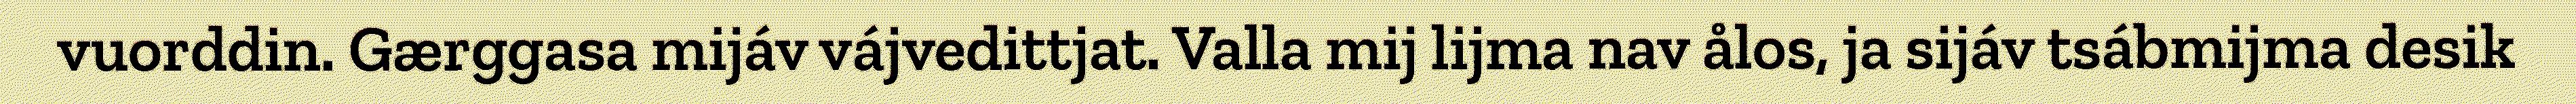
vuorddin. Gærggasa mijáv vájvedittjat. Valla mij lijma nav ålos, ja sijáv tsábmijma desik